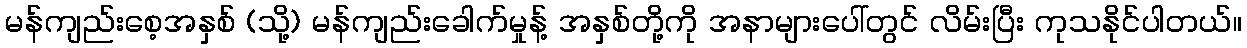
မန်ကျည်းစေ့အနှစ် (သို့) မန်ကျည်းခေါက်မှုန့် အနှစ်တို့ကို အနာများပေါ်တွင် လိမ်းပြီး ကုသနိုင်ပါတယ်။